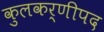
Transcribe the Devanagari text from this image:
कुलकर्णीपद